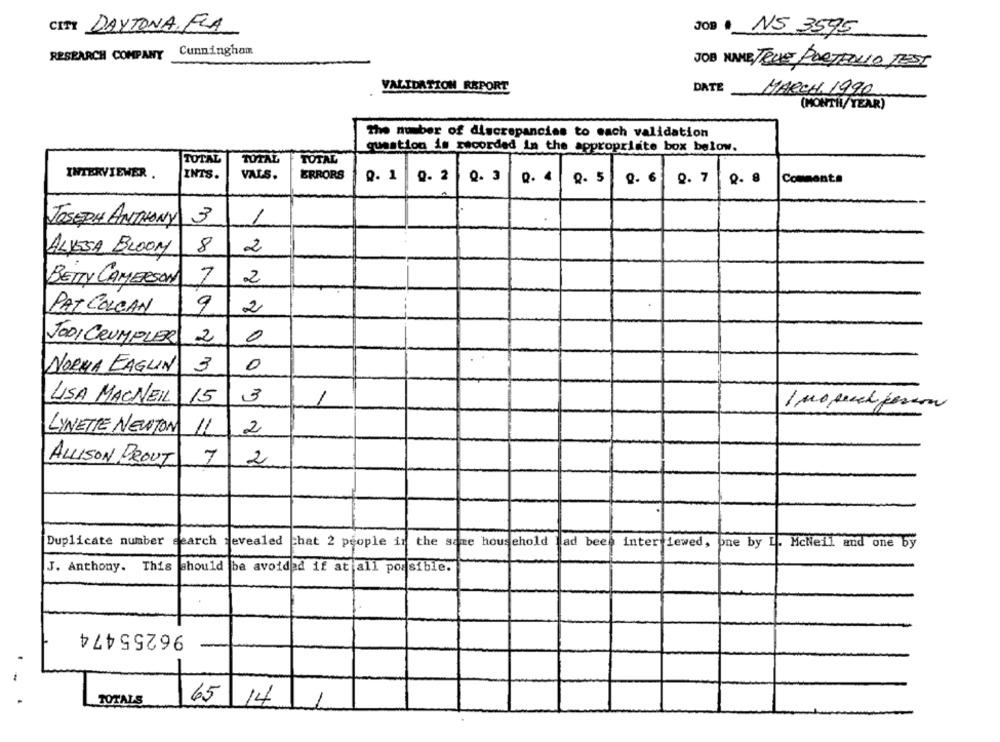
CITY DAYTONA FLA
Jos NS 3595
Cunningham
RESEARCH COMPANY
JOB NAME, TELE PORTEDLIO TEST
VALIDATION REPORT
MARCH 1990
DATE_
(MONTH/ YEAR)
The number of discrepancies to each validation
question is recorded in the appropriate box below.
TOTAL
TOTAL
TOTAL
INTERVIEWER .
INTS.
VALS.
ERRORS
Q.1
0. 2
Q . 3
Q. 5
Q. 6
Q. 7
Commenta
Q. 8
JOSEPH ANTHONY
3
1
ALVESA BLOOM
8
2
BETTY CAMERSON
7
2
PAT COLCAN
9
2
JODI CRUMPLER
2
0
NORMA EAGLIN
3
0
LISA MACNEIL
15
3
1
LYNETTE NEWTON
11
2
ALLISON PROUT
7
2
Duplicate number
search revealed
the same household
chat 2 people in
ad bee
inter iewed, one by L. McNeil and one by
J. Anthony. This should be avoided if at all possible.
96255474
TOTALS
65 14